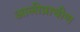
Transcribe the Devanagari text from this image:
आलीप्राचीण